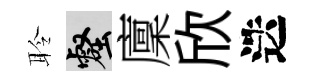
聆壑廩欣迭